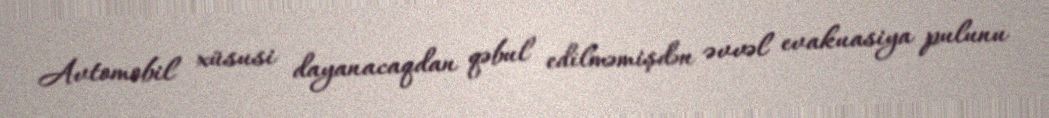
Avtomobil xüsusi dayanacaqdan qəbul edilməmişdən əvvəl evakuasiya pulunu